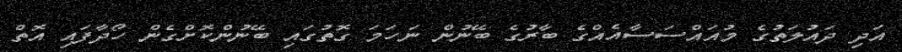
އަދި ދައުލަތުގެ މުއައްސަސާއެއްގެ ބާރުގެ ބޭނުން ނަހަމަ ގޮތުގައި ބޭނުންކޮށްގެން ހޯދާފައި އޮތް